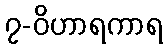
၇-ဝိဟာရကာရ